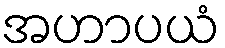
အဟာပယံ